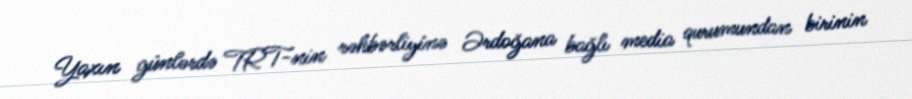
Yaxın günlərdə TRT-nin rəhbərliyinə Ərdoğana bağlı media qurumundan birinin